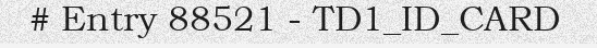
# Entry 88521 - TD1_ID_CARD